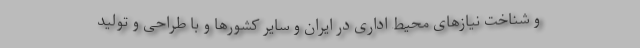
و شناخت نیازهای محیط اداری در ایران و سایر کشورها و با طراحی و تولید